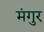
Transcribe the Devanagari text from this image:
मंगुर